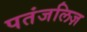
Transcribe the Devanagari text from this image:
पतंजलिज़